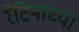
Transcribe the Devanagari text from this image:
रेटिनाच्या